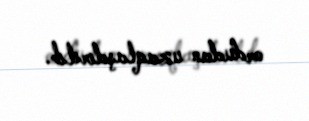
ordudan uzaqlaşdırılıb.